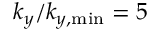
k _ { y } / k _ { y , \mathrm { m i n } } = 5